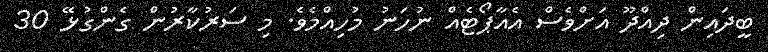
ބީދައިން ދިއްދޫ އަށްވެސް އެއާޕޯޓެއް ނުހަނު މުހިއްމެވެ. މި ސަރުކާރުން ގެންގުޅޭ 30